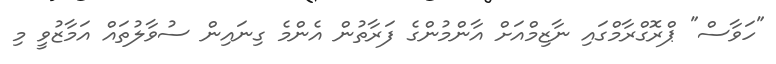
"ހަވާސް" ޕްރޮގްރާމްގައި ނާޒިމްއަށް އާންމުންގެ ފަރާތުން އެންމެ ގިނައިން ސުވާލުތައް އަމާޒުވީ މި